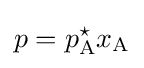
p=p_{\rm {A}}^{\star }x_{\rm {A}}